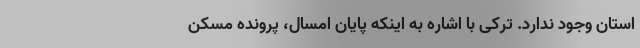
استان وجود ندارد. ترکی با اشاره به اینکه پایان امسال، پرونده مسکن